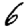
Digit: 6